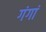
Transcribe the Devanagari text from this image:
गंगां